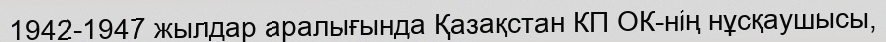
1942-1947 жылдар аралығында Қазақстан КП ОК-нің нұсқаушысы,